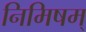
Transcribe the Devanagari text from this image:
निमिषम्